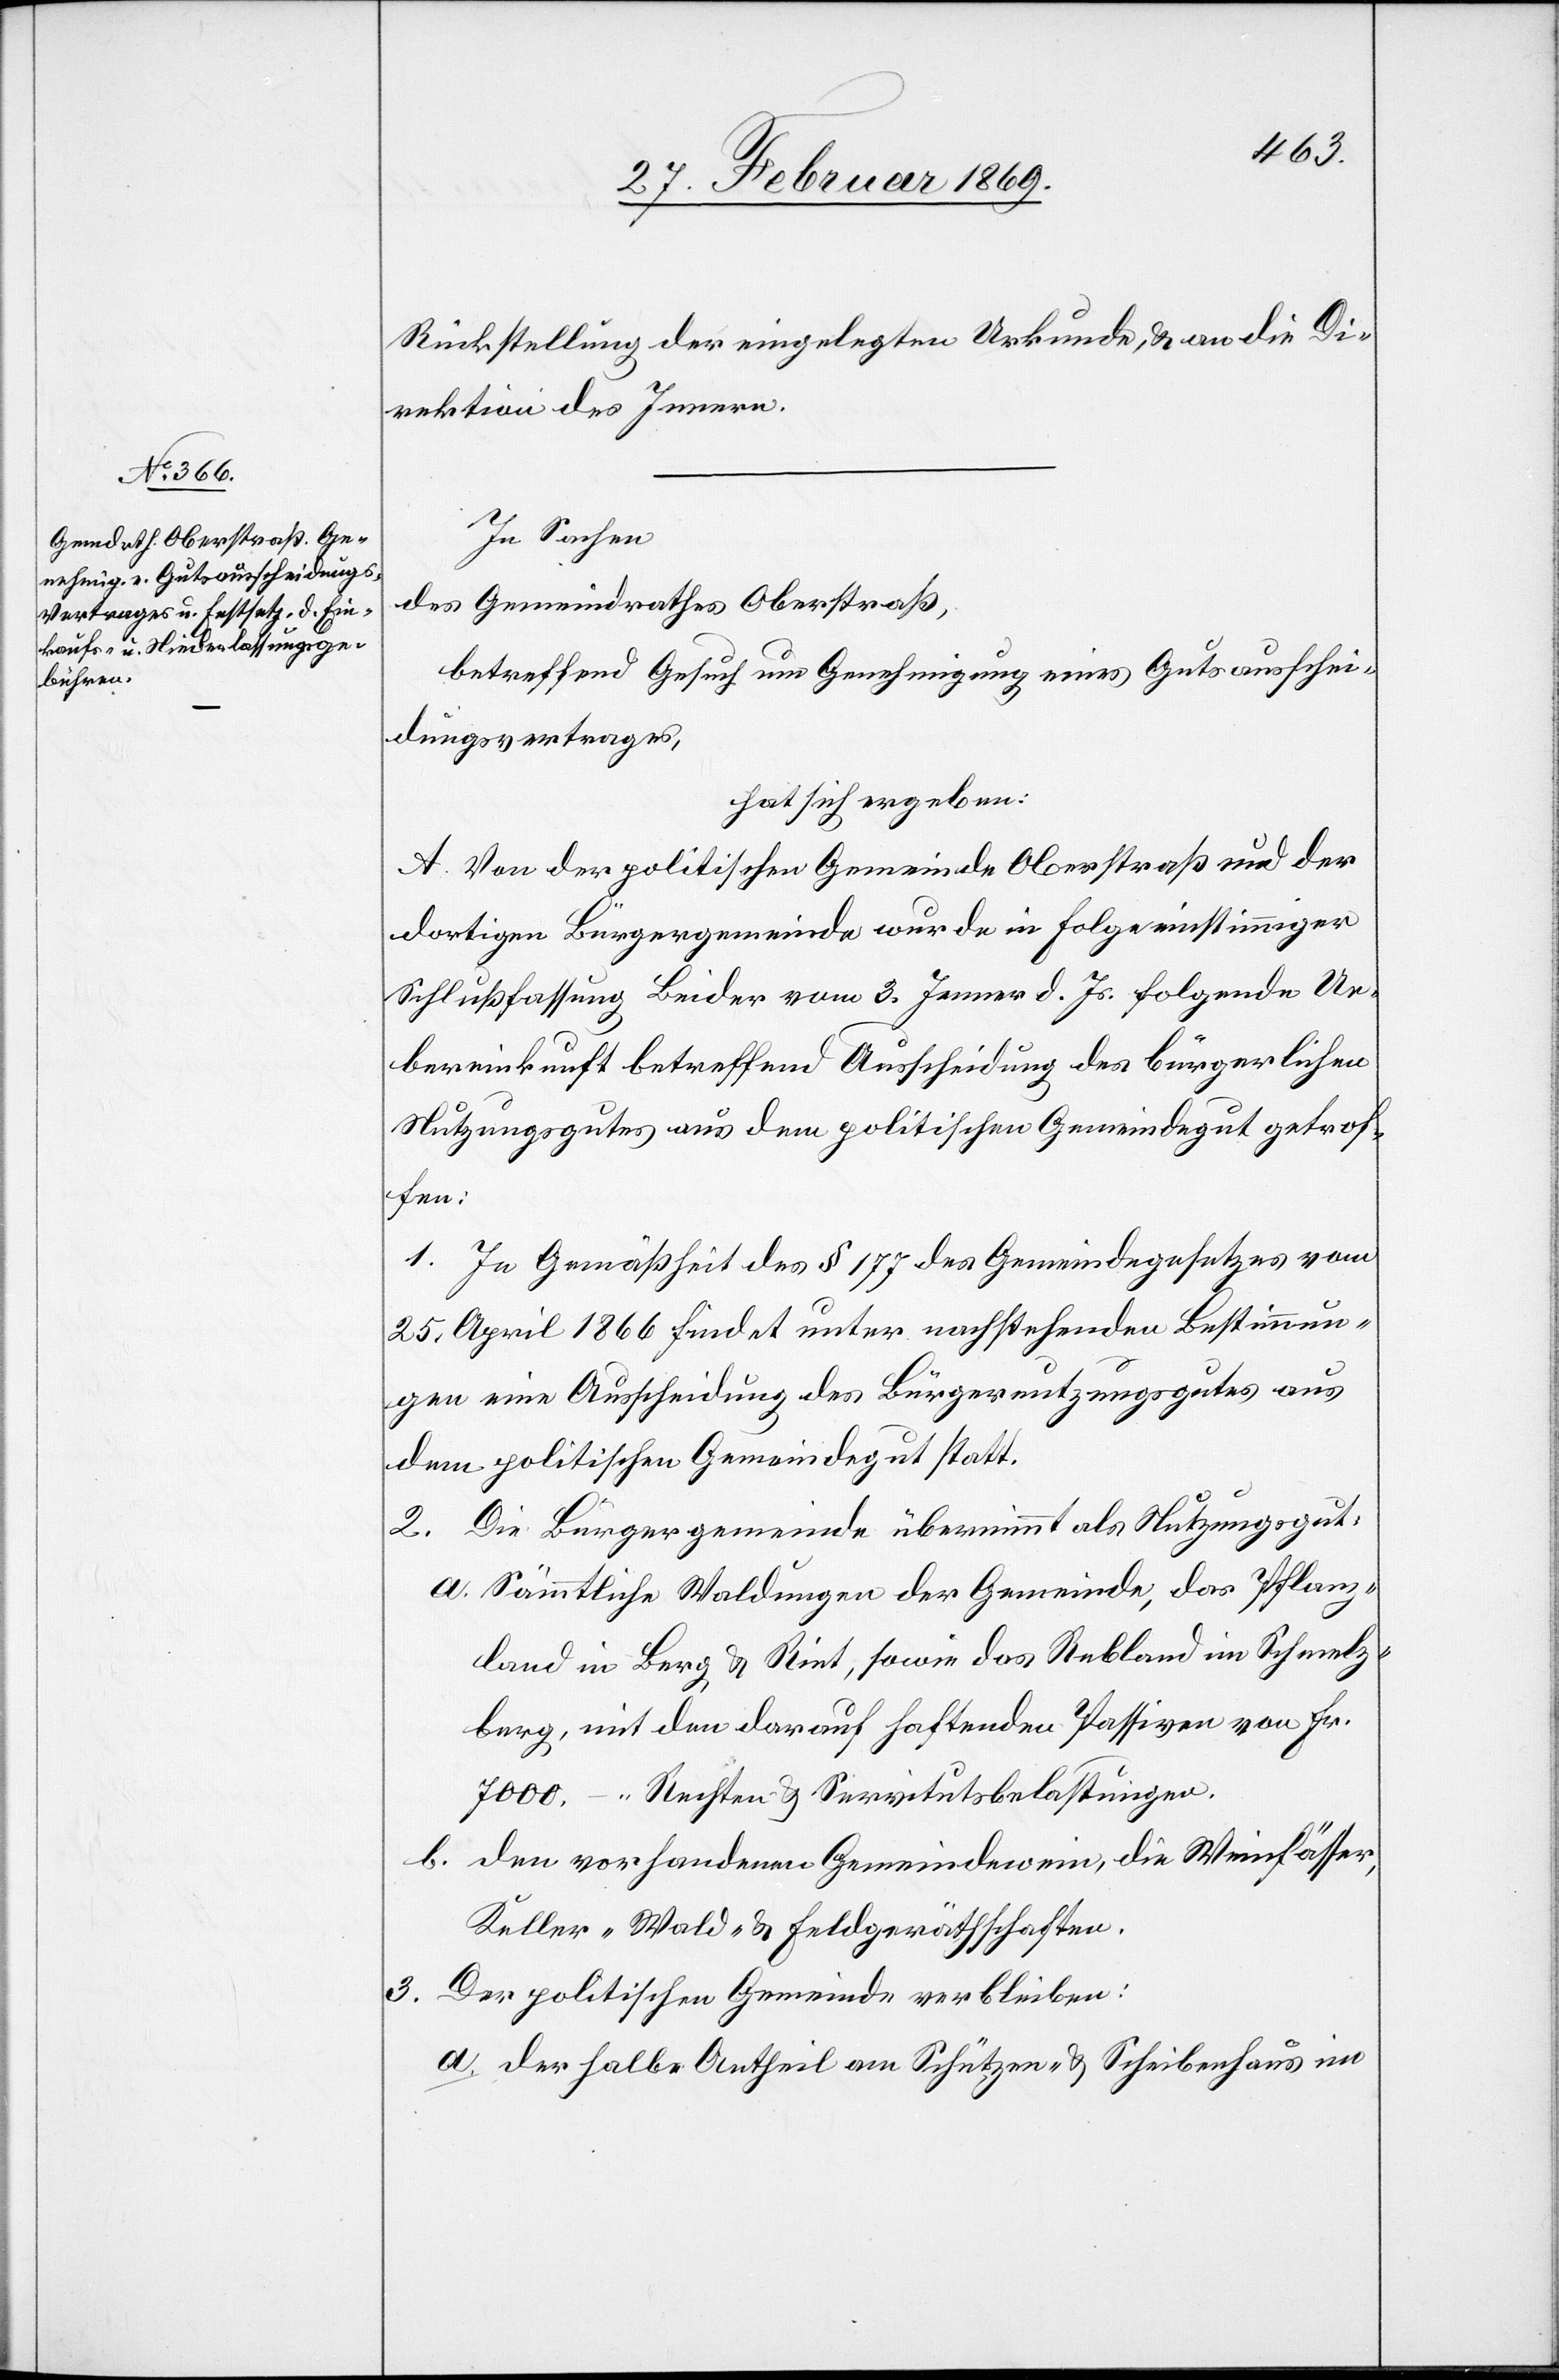
Rückstellung der eingelegten Urkunde, & an die Di¬
rektion des Innern.
In Sachen
des Gemeindrathes Oberstraß,
betreffend Gesuch um Genehmigung eines Gutsausschrei¬
bungsvertrages,
hat sich ergeben:
A. Von der politischen Gemeinde Oberstraß und der
dortigen Bürgergemeinde wurde in Folge einstimmiger
Schlußfassung Beider vom 3. Jenner d. Js. folgende Ue¬
bereinkunft betreffend Ausscheidung des bürgerlichen
Nutzungsgutes aus dem politischen Gemeindgut getrof¬
fen:
1. In Gemäßheit des § 177 des Gemeindgesetzes vom
25. April 1866 findet unter nachstehenden Bestimmun¬
gen eine Ausscheidung des Bürgernutzungsgutes aus
dem politischen Gemeindegut statt.
2. Die Bürgergemeinde übernimmt als Nutzungsgut:
a. Sämmtliche Waldungen der Gemeinde, das Pflanz¬
land in Berg & Riet, sowie das Rebland im Schmelz¬
berg, mit dem darauf haftenden Passiven von Fr.
7000. – Rechten & Servitutsbelastungen.
b.den vorhandenen Gemeindswein, die Weinfässer,
Keller- Wald- & Feldgerätschaften.
3. Der politischen Gemeinde verbleiben:
a. Der halbe Antheil am Schützen- & Scheibenhaus im